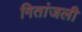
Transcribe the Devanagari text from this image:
गितांजली